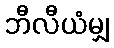
ဘီလီယံမျှ